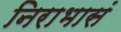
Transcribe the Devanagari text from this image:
निराभासं